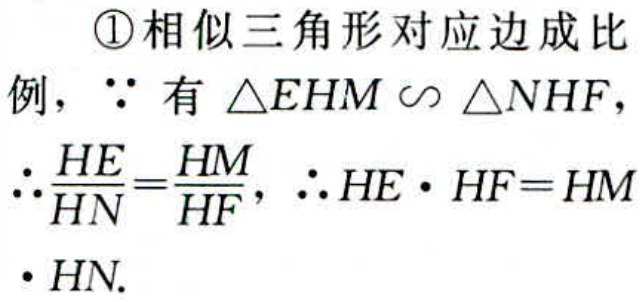
\textcircled{1}相似三角形对应边成比例，$\because$ 有 $\triangle EHM\sim\triangle NHF$，$\therefore\frac{HE}{HN}=\frac{HM}{HF}$，$\therefore HE\cdot HF = HM\cdot HN$.